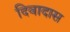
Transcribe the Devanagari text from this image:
दिवादास